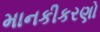
માનકીકરણો